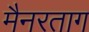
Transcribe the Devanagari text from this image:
मैनरताग